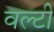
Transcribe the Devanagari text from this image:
वल्टी